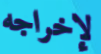
لإخراجه